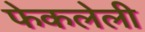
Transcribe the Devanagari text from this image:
फेकलेली